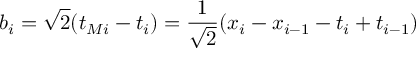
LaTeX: b _ { i } = \sqrt { 2 } ( t _ { M i } - t _ { i } ) = \frac { 1 } { \sqrt { 2 } } ( x _ { i } - x _ { i - 1 } - t _ { i } + t _ { i - 1 } )